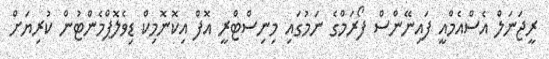
ރީޖަނަލް އެސްއެމްއީ ފައިނޭންސް ފޯރަމްގެ ނަމުގައި މިނިސްޓްރީ އޮފް އިކޮނޮމިކް ޑިވެލޮޕްމެންޓުން ކުރިޔަށް